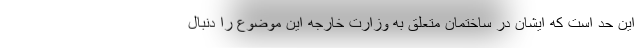
این حد است که ایشان در ساختمان متعلق به وزارت خارجه این موضوع را دنبال